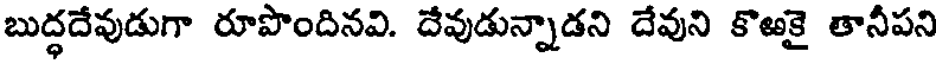
బుద్ధదేవుడుగా రూపొందినవి. దేవుడున్నాడని దేవుని కొఱకై తానీపని